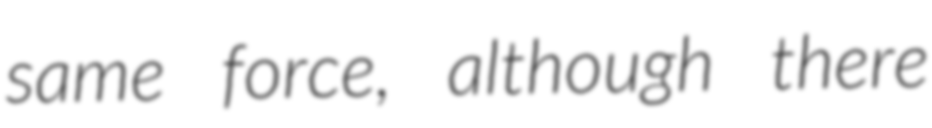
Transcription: same force, although there